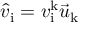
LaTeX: \hat { v } _ { \mathrm { i } } = v _ { \mathrm { i } } ^ { \mathrm { k } } \vec { u } _ { \mathrm { k } }